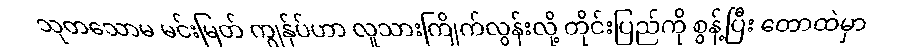
သုတသောမ မင်းမြတ် ကျွန်ုပ်ဟာ လူသားကြိုက်လွန်းလို့ တိုင်းပြည်ကို စွန့်ပြီး တောထဲမှာ